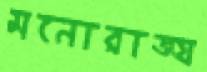
মনোরাজ্য